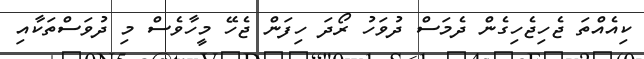
ކިއެއްތަ ޖެހިޖެހިގެން ދެމަސް ދުވަހު ރޯދަ ހިފަން ޖެހޭ މީހާވެސް މި ދުވަސްތަކާއި